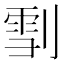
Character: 𠞯